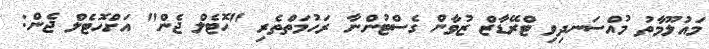
މައުލޫމާތު މުއްސަނދިވި ޓްރޭޑާޒް ޒުވާން ގެސްޓުންނާ ރަހުމަތްތެރި "ހޮޓެލް ޖެން" އަށްހޮޓެލް ޖެން: